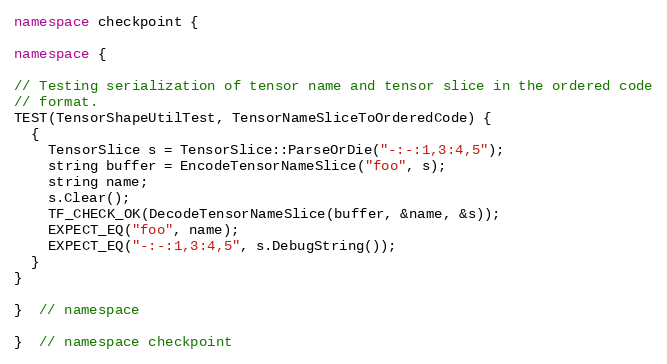
Language: C++
namespace checkpoint {

namespace {

// Testing serialization of tensor name and tensor slice in the ordered code
// format.
TEST(TensorShapeUtilTest, TensorNameSliceToOrderedCode) {
  {
    TensorSlice s = TensorSlice::ParseOrDie("-:-:1,3:4,5");
    string buffer = EncodeTensorNameSlice("foo", s);
    string name;
    s.Clear();
    TF_CHECK_OK(DecodeTensorNameSlice(buffer, &name, &s));
    EXPECT_EQ("foo", name);
    EXPECT_EQ("-:-:1,3:4,5", s.DebugString());
  }
}

}  // namespace

}  // namespace checkpoint